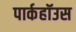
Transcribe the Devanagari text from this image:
पार्कहॉउस